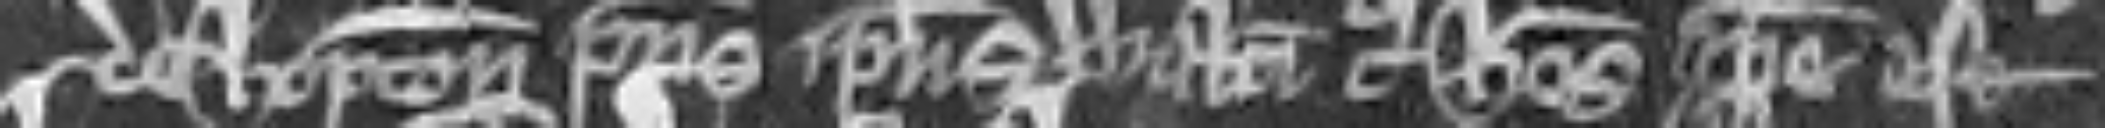
de Hopton patris ipsius Walteri cujus heres ipse est